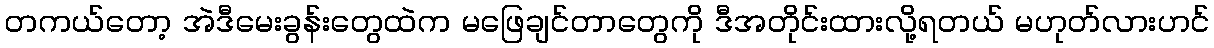
တကယ်တော့ အဲဒီမေးခွန်းတွေထဲက မဖြေချင်တာတွေကို ဒီအတိုင်းထားလို့ရတယ် မဟုတ်လားဟင်